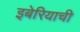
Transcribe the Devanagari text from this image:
इबेरियाची